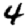
Digit: 4